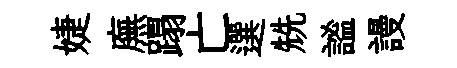
婕廡蹋亡選兟謐謾